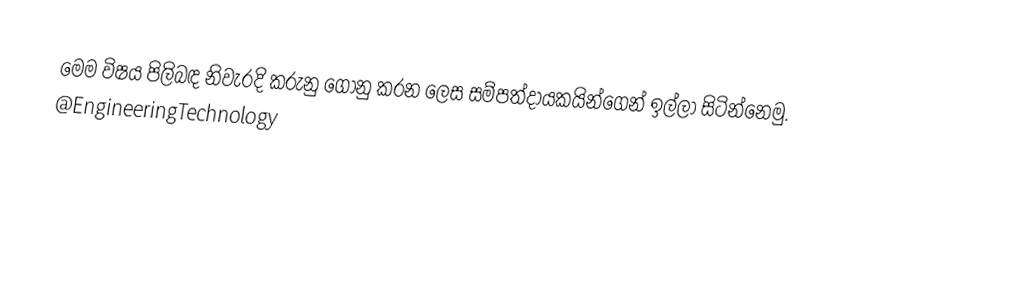
මෙම විෂය පිලිබඳ නිවැරදි කරුනු ගොනු කරන ලෙස සම්පත්දායකයින්ගෙන් ඉල්ලා සිටින්නෙමු. @EngineeringTechnology